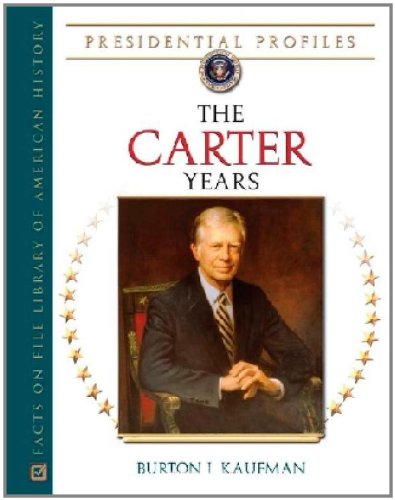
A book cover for The Carter Years (Presidential Profiles); Burton Ira Kaufman; Teen & Young Adult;